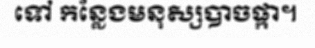
ទៅ កន្លែងមនុស្សបាចផ្កា។